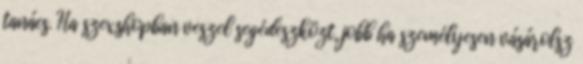
tanács. Ha szexshopban veszel segédeszközt, jobb ha személyesen vásárolsz